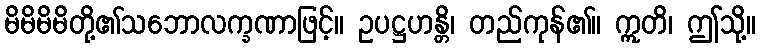
မိမိမိမိတို့၏သဘောလက္ခဏာဖြင့်။ ဥပဋ္ဌဟန္တိ၊ တည်ကုန်၏။ ဣတိ၊ ဤသို့။